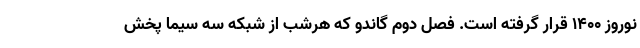
نوروز 1400 قرار گرفته است. فصل دوم گاندو که هرشب از شبکه سه سیما پخش